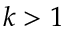
k > 1